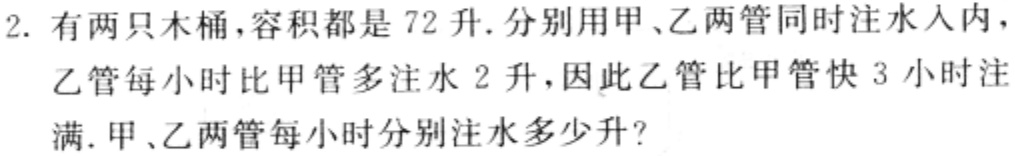
2. 有两只木桶，容积都是 72 升. 分别用甲、乙两管同时注水入内，

乙管每小时比甲管多注水 2 升，因此乙管比甲管快 3 小时注

满. 甲、乙两管每小时分别注水多少升？